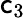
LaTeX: \mathsf{c}_{3}